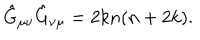
\hat { G } _ { \mu \nu } \hat { G } _ { \nu \mu } = 2 k n ( n + 2 k ) .